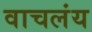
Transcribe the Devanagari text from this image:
वाचलंय